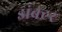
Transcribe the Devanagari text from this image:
डांक्टर